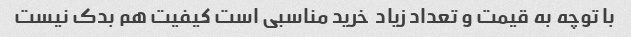
با توچه به قیمت و تعداد زیاد  خرید مناسبی است کیفیت هم بدک نیست